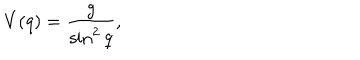
V ( q ) = \frac { g } { \sin ^ { 2 } q } ,